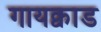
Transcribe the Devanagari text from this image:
गायक्वाड